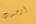
أوجدت